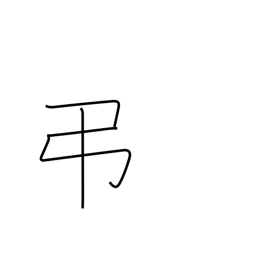
Meaning: condolences